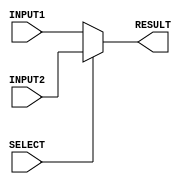
`timescale 1ns/100ps

module mux_2to1_32bit (INPUT1, INPUT2, RESULT, SELECT);

    input [31:0] INPUT1, INPUT2;
    input SELECT;
    output reg [31:0] RESULT;

    always @ (*)
    begin
        if (SELECT == 1'b0)
            RESULT = INPUT1;
        else
            RESULT = INPUT2;
    end

endmodule